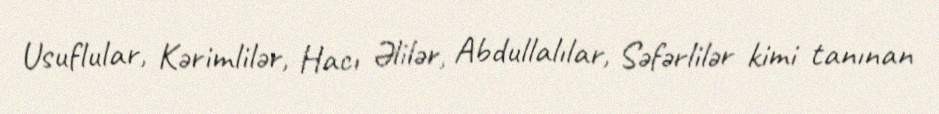
Usuflular, Kərimlilər, Hacı Əlilər, Abdullalılar, Səfərlilər kimi tanınan